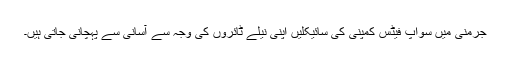
جرمنی میں سواپ فیٹس کمپنی کی سائیکلیں اپنی نیلے ٹائروں کی وجہ سے آسانی سے پہچانی جاتی ہیں۔